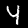
Label: 4